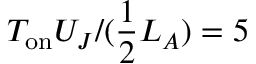
T _ { \mathrm { o n } } U _ { J } / ( \frac { 1 } { 2 } L _ { A } ) = 5